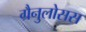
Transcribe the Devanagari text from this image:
ग्रैनुलोसस